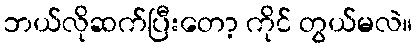
ဘယ်လိုဆက်ပြီးတော့ ကိုင် တွယ်မလဲ။